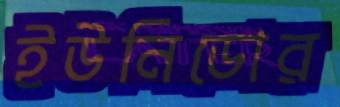
ইউনিডোর